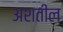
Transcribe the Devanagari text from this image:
अशतील